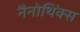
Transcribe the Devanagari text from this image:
नैनोथिंक्स